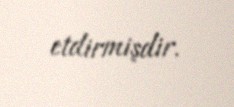
etdirmişdir.